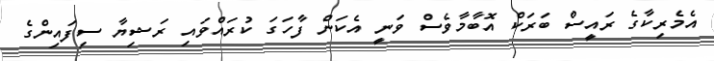
އެމެރިކާގެ ރައީސް ބަރަކް އޮބާމާވެސް ވަނީ އެކަން ފާހަގަ ކުރައްވައި ރަޝިޔާ ސިފައިންގެ